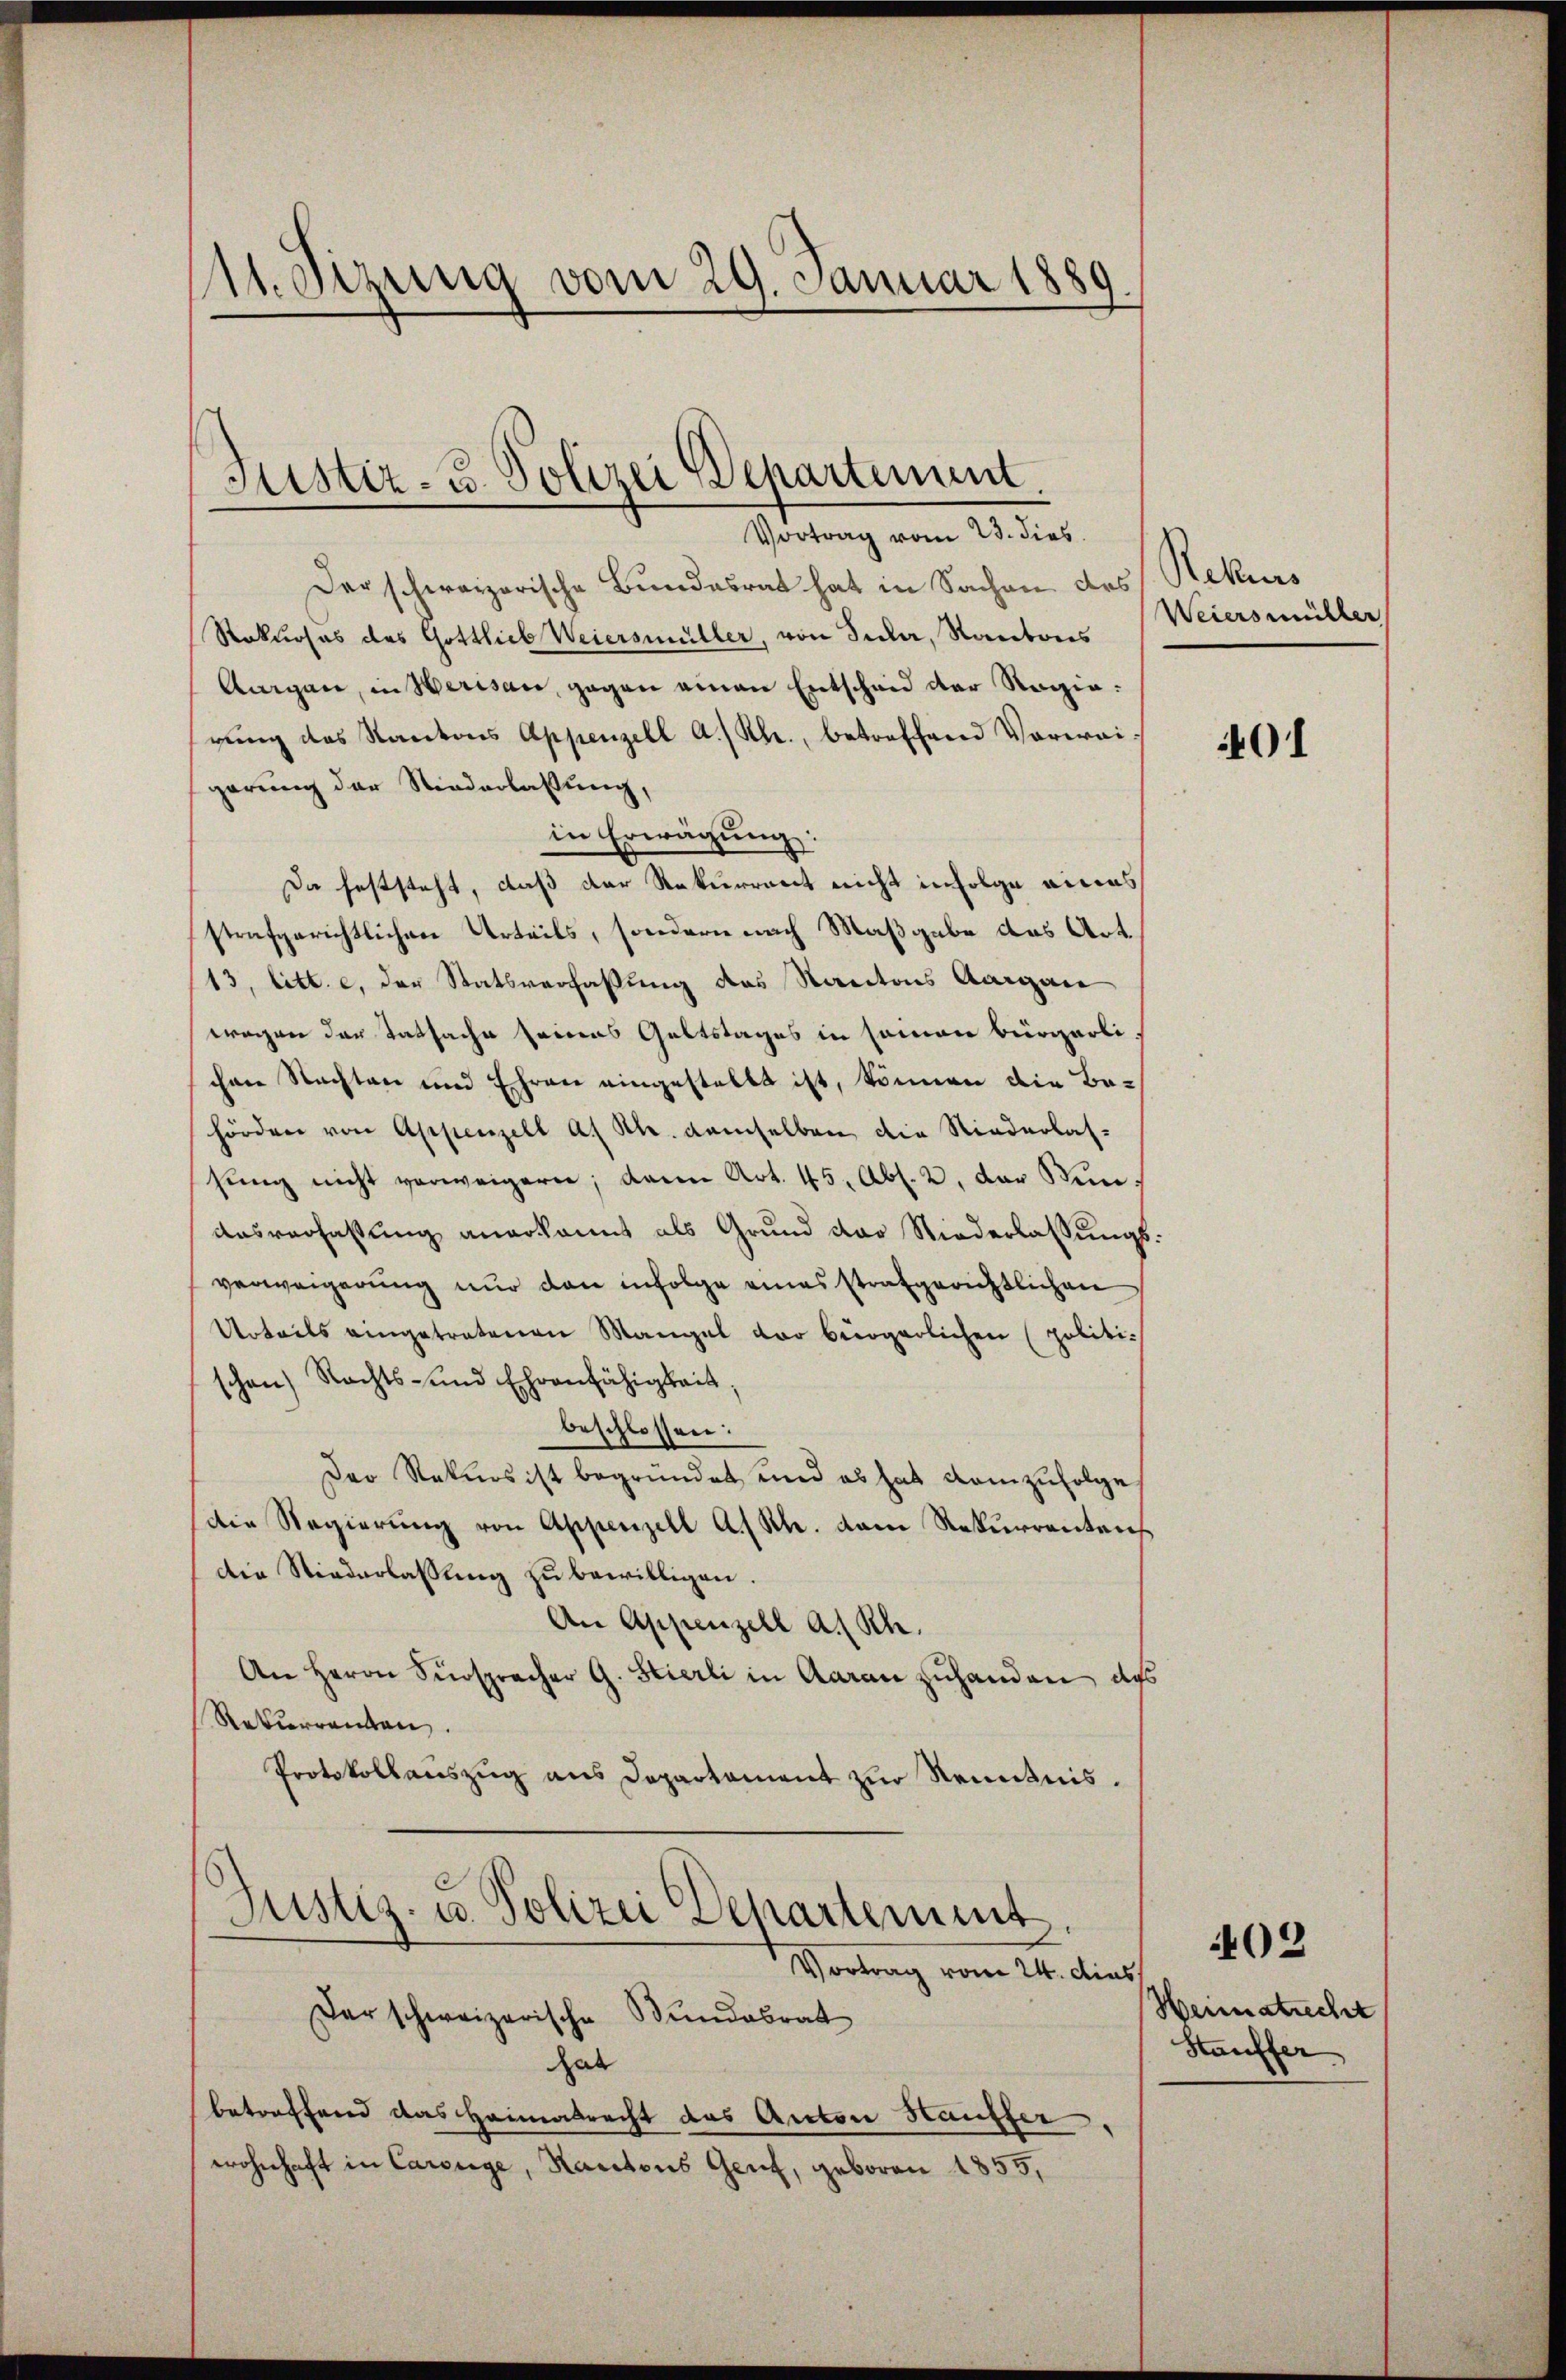
111. Sitzung vom 29. Januar 1889

Sistiz- u. Polizei Departement.
Vortrag vom 23. dies

Der schweizerische Bundesrat hat in Sachen des Rekurs
Stakuosas des Gottlieb Weiersmüller, von Sidler, Kantons
Augen, in Werisau, gegen einen Entscheid der Regiegŭng des Kantons Appenzell A/Rh., betreffend Vorwei-
garung der Niederlaßung,
in Erwägung:
Da feststeht, daß der Rekurrent nicht infolge eines
strafgerichtlichen Urteils, sondern nach Maßgabe das Art.
13, litt. c, der Statsverfassung des Kantons Aargau
wegen der Tatsache seinens Geltstages in sammer bürgerli-
chen Nachten und Ehren eingestellt ist, können die Be-
hörden von Appenzell a. Rh. demselben die Riederlas-
sŭng nicht verweigern; dann Art. 45, Abs. 2, der Stim¬
Ausverfaßung anerkannt als Grund der Niederlassungsverweigerung nur den infolge eines strafgerichtlichen
Urteils eingetretenen Mangel vor bürgerlichen (politischen Rechts- und Ehrenfähigkeit,
beschlossen:
Der Rekurs ist begründet, und es hat demzufolge
Die Regierung von Appenzell A.-Rh. dem Rekurrentens
Die Niederlassung zu bewilligen.
An Appenzell a. Rh.
An Herrn Fürspracher G. Stierli in Aarau zuhanden des
Rekierrenten.
Protokollauszug aus Departament zur Kenntnis.
Justiz- u. Polizei Departement.
Vortrag vom 24. dies
Der schweizerische Bundesrat
at
betreffend das Heimatrecht das Anton Hauffer,
wohnhaft in Careige, Kantons Genf, geboren 1855,

Weiersmüller

401

Heimatrecht
Htauffer

402